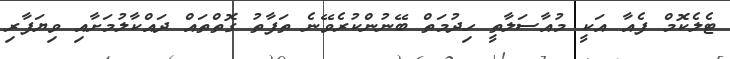
ޓެލެކޮމް ފެއާ އަކީ މުއާސަލާތީ ހިދުމަތް ބޭނުންކުރެވޭނެ ތަފާތު ގޮތްތައް ދައްކާލުމަށާއި ވިޔަފާރި